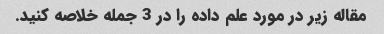
مقاله زیر در مورد علم داده را در 3 جمله خلاصه کنید.